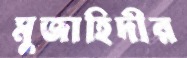
মুজাহিদীর